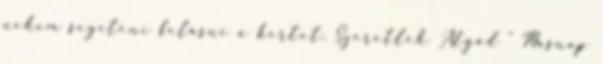
nekem segíteni felásni a kertet. Szeretlek Atyád " Másnap